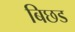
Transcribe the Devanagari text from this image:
बिछड